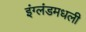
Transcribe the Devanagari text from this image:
इंग्लंडमधली